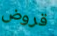
قروض